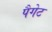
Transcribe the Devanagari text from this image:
पैगेट